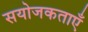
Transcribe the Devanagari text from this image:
सयोजकताएँ